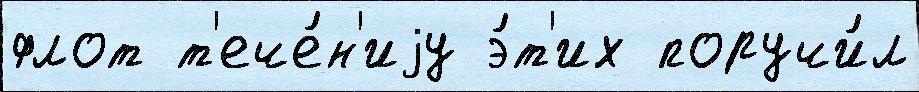
флот т'ече́н'иjу э́т'их поручи́л